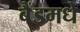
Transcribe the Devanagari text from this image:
बैंडमधे